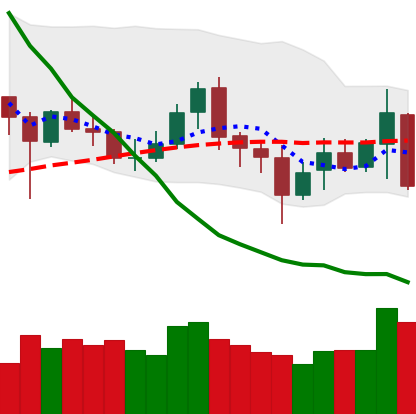
Ticker: XMR-USD
Chart end date: 2020-07-03
Forward return: 5.579%
Label: up_5_7